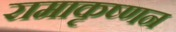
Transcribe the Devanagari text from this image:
रामाकृष्णन